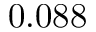
0 . 0 8 8